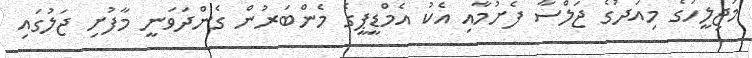
މަޖިލީހުގެ މިއަދުގެ ޖަލްސާ ފެށުމާއި އެކު އެމްޑީޕީގެ މެންބަރުން ގެންދަވަނީ މާފުށި ޖަލުގައި